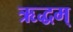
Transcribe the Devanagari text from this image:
ऋद्धम्